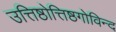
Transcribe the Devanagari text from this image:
उत्तिष्ठोत्तिष्ठगोविन्द